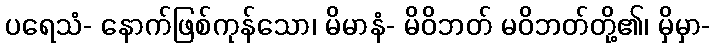
ပရေသံ- နောက်ဖြစ်ကုန်သော၊ မိမာနံ- မိဝိဘတ် မဝိဘတ်တို့၏၊ မှိမှာ-